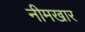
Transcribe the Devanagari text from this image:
नीमखार